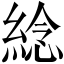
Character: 𦁤